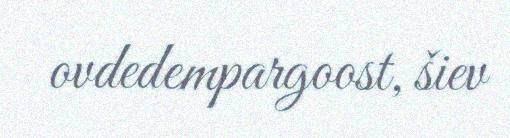
ovdedempargoost, šiev